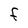
Character: F